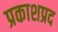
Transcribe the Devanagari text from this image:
प्रकाशप्रद